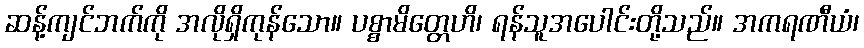
ဆန့်ကျင်ဘက်ကို အလိုရှိကုန်သော။ ပစ္စာမိတ္တေဟိ၊ ရန်သူအပေါင်းတို့သည်။ အကရဏီယံ၊